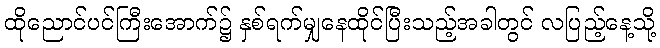
ထိုညောင်ပင်ကြီးအောက်၌ နှစ်ရက်မျှနေထိုင်ပြီးသည့်အခါတွင် လပြည့်နေ့သို့